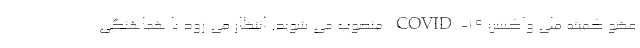
عضو کمیته ملی واکسن COVID-19 منصوب می شوید. انتظار می رود با هماهنگی